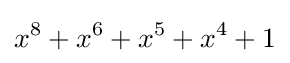
x^{8}+x^{6}+x^{5}+x^{4}+1